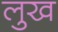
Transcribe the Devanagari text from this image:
लुख